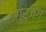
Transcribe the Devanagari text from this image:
गुरुजंग